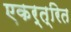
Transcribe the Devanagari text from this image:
एकर्त्रित